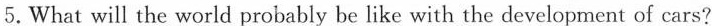
5. What will the world probably be like with the development of cars?